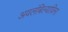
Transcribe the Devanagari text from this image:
अवलंबिल्याविना